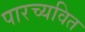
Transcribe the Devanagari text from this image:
पारच्यवित